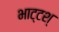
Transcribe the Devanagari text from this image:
भाट्टश्